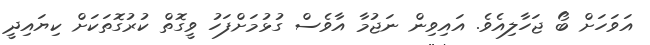
އަވަހަށް ބޯ ޖަހާލިއެވެ. އައިވިން ނަޖުމާ އާވެސް ގުޅުމަށްފަހު ވީގޮތް ކުރުގޮތަކަށް ކިޔައިދީ